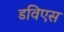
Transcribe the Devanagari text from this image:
डविएस